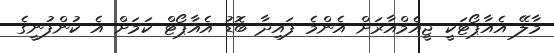
މާލޭ އެއާޕޯޓަކީ ޖީއެމްއާރަށް އެންމެ ފައިދާ ބޮޑު އެއާޕޯޓް ކަމަށް އެ ކުންފުނީގެ